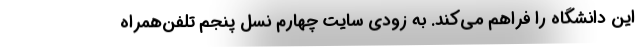
این دانشگاه را فراهم می‌کند. به زودی سایتِ‌ چهارم نسل پنجم تلفن‌همراه